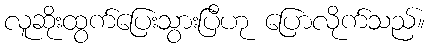
လူဆိုးထွက်ပြေးသွားပြီဟု ပြောလိုက်သည်။